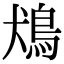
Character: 𩿛